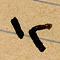
١٢